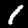
Digit: 1